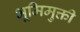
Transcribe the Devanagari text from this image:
भूमिमुक्ती